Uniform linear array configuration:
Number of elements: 48
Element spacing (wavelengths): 0.5
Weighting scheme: kaiser
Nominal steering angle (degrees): -45
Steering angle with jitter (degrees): -44.322
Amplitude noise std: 0.05
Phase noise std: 0.05

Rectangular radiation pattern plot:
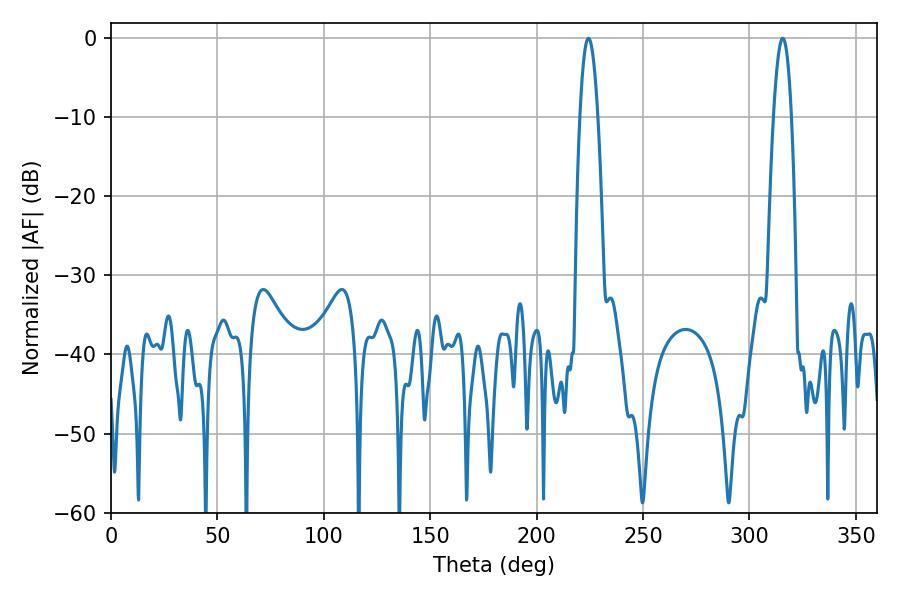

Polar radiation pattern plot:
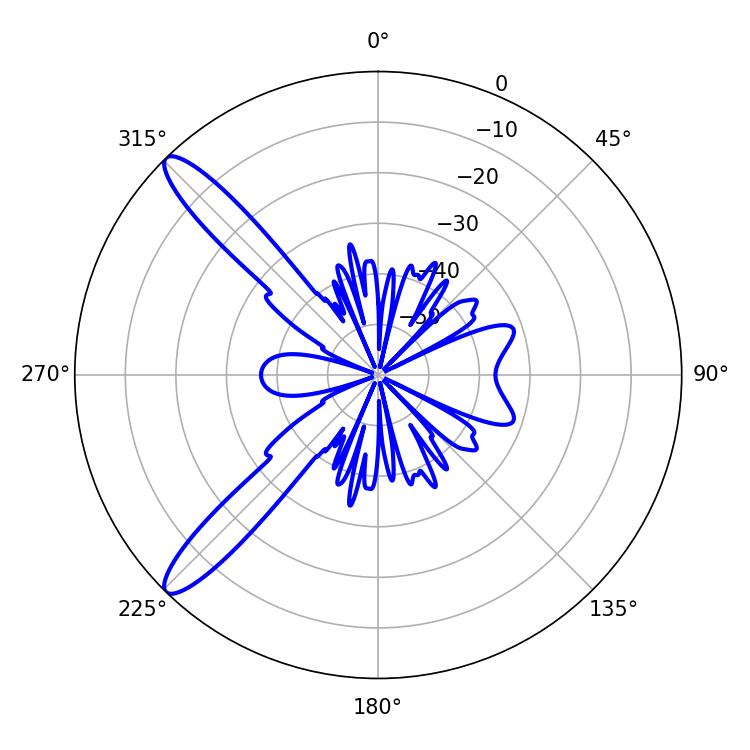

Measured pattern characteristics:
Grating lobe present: FALSE
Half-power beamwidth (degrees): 4.68
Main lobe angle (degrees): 224.28